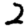
Digit: 2